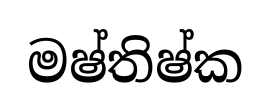
මෂ්තිෂ්ක